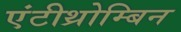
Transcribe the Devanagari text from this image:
एंटीथ्रोम्बिन